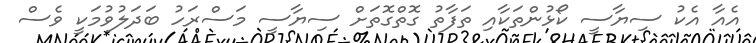
އެއާ އެކު ސިޔާސީ ކޯޅުންތަކާއި ތަފާތު ގޮތްގޮތަށް ސިޔާސީ މަސްރަހު ބަދަލުވުމަކީ ވެސް